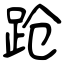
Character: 跄